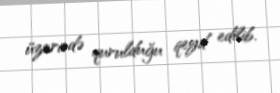
üzərində qurulduğu qeyd edilib.